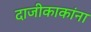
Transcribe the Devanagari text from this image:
दाजीकाकांना